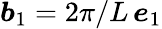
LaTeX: \boldsymbol b_{1}=2\pi/L\, \boldsymbol e_{1}